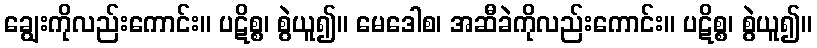
ချွေးကိုလည်းကောင်း။ ပဋိစ္စ၊ စွဲယူ၍။ မေဒေါစ၊ အဆီခဲကိုလည်းကောင်း။ ပဋိစ္စ၊ စွဲယူ၍။